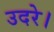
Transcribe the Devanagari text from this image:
उदरे।